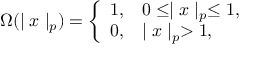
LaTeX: \Omega ( \mid x \mid _ { p } ) = \left\{ \begin{array} { l l } { { 1 , } } & { { 0 \leq \mid x \mid _ { p } \leq 1 , } } \\ { { 0 , } } & { { \mid x \mid _ { p } > 1 , } } \end{array} \right.